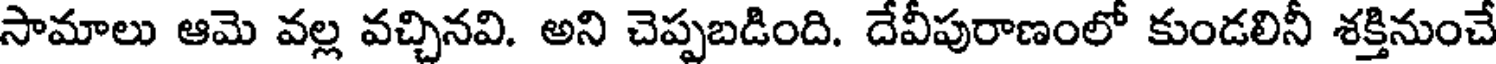
సామాలు ఆమె వల్ల వచ్చినవి. అని చెప్పబడింది. దేవీపురాణంలో కుండలినీ శక్తినుంచే